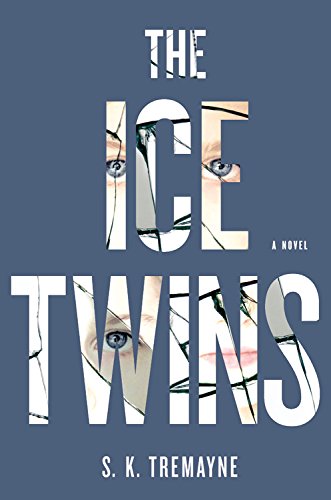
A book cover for The Ice Twins: A Novel; S.K. Tremayne; Mystery, Thriller & Suspense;